画像に写った文字を読んでください
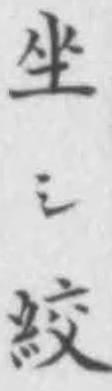
「坐シ絞」と書いてあります